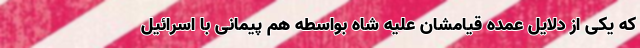
که یکی از دلایل عمده قیامشان علیه شاه بواسطه هم پیمانی با اسرائیل